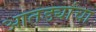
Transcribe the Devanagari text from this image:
आतड्यांचा